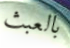
بالعبث